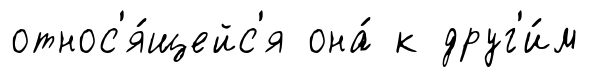
относ'я́щейс'я она́ к друг'и́м